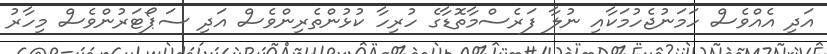
އަދި އެއްވެސް ހަމަނުޖެހުމަކާއި ނުލާ ފަރެސްމާތޮޑާގެ ހުރިހާ ކުޅުންތެރިންވެސް އަދި ސަޕޯޓަރުންވެސް މިހާރު